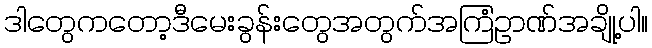
ဒါတွေကတော့ဒီမေးခွန်းတွေအတွက်အကြံဥာဏ်အချို့ပါ။